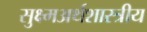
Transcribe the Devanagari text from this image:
सुक्ष्मअर्थशास्त्रीय